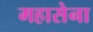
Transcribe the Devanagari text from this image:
महासेना